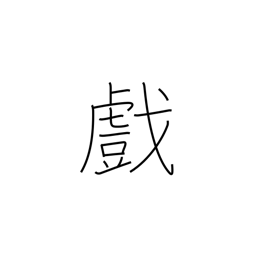
Meaning: sport